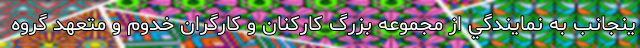
ينجانب به نمايندگي از مجموعه بزرگ كاركنان و كارگران خدوم و متعهد گروه